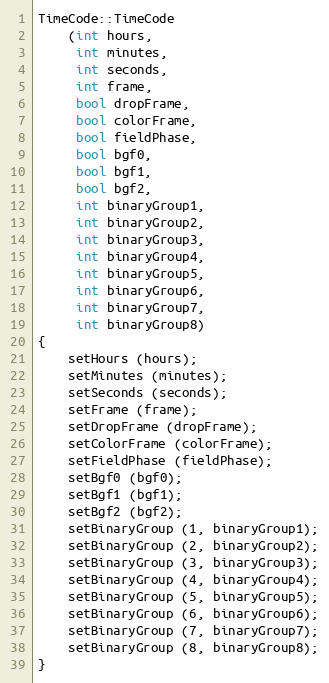
Language: C++
TimeCode::TimeCode
    (int hours,
     int minutes,
     int seconds,
     int frame,
     bool dropFrame,
     bool colorFrame,
     bool fieldPhase,
     bool bgf0,
     bool bgf1,
     bool bgf2,
     int binaryGroup1,
     int binaryGroup2,
     int binaryGroup3,
     int binaryGroup4,
     int binaryGroup5,
     int binaryGroup6,
     int binaryGroup7,
     int binaryGroup8)
{
    setHours (hours);
    setMinutes (minutes);
    setSeconds (seconds);
    setFrame (frame);
    setDropFrame (dropFrame);
    setColorFrame (colorFrame);
    setFieldPhase (fieldPhase);
    setBgf0 (bgf0);
    setBgf1 (bgf1);
    setBgf2 (bgf2);
    setBinaryGroup (1, binaryGroup1);
    setBinaryGroup (2, binaryGroup2);
    setBinaryGroup (3, binaryGroup3);
    setBinaryGroup (4, binaryGroup4);
    setBinaryGroup (5, binaryGroup5);
    setBinaryGroup (6, binaryGroup6);
    setBinaryGroup (7, binaryGroup7);
    setBinaryGroup (8, binaryGroup8);
}